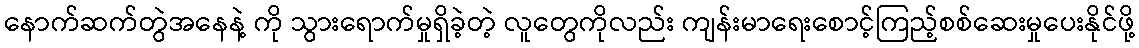
နောက်ဆက်တွဲအနေနဲ့ ကို သွားရောက်မှုရှိခဲ့တဲ့ လူတွေကိုလည်း ကျန်းမာရေးစောင့်ကြည့်စစ်ဆေးမှုပေးနိုင်ဖို့